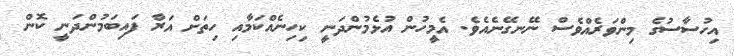
އިހުސާސުގެ މިންވަރެއްވެސް ނޭނގޭނެއެވެ. އެމީހުން އުޅެމުންދަނީ ކިހިނެއްކަމާއި ހިތަށް އަރާ ފައިބަމުންދަނީ ކޮން